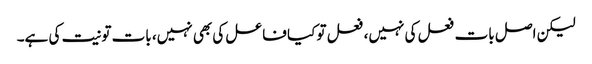
لیکن اصل بات فعل کی نہیں، فعل تو کیا فاعل کی بھی نہیں، بات تو نیت کی ہے۔